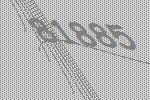
81885